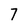
Character: 7